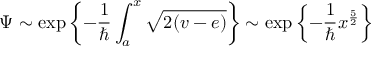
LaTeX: \Psi \sim \exp \left\{ - \frac { 1 } { \hbar } \int _ { a } ^ { x } \sqrt { 2 ( v - e ) } \right\} \sim \exp \left\{ - \frac { 1 } { \hbar } x ^ { \frac { 5 } { 2 } } \right\}